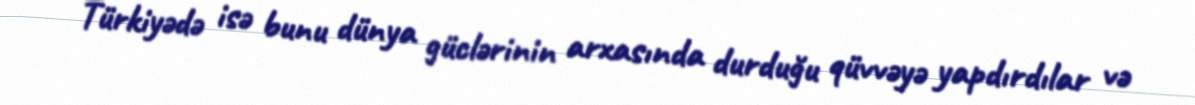
Türkiyədə isə bunu dünya güclərinin arxasında durduğu qüvvəyə yapdırdılar və